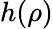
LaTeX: h(\rho)